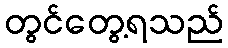
တွင်တွေ့ရသည်